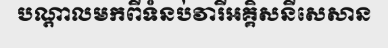
បណ្តាលមកពីទំនប់វារីអគ្គិសនីសេសាន